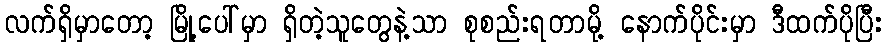
လက်ရှိမှာတော့ မြို့ပေါ်မှာ ရှိတဲ့သူတွေနဲ့သာ စုစည်းရတာမို့ နောက်ပိုင်းမှာ ဒီထက်ပိုပြီး